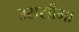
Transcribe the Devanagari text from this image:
उससीमा